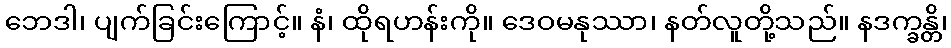
ဘေဒါ၊ ပျက်ခြင်းကြောင့်။ နံ၊ ထိုရဟန်းကို။ ဒေဝမနုဿာ၊ နတ်လူတို့သည်။ နဒက္ခန္တိ၊